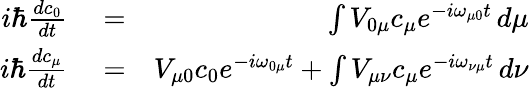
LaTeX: \begin{array}{rlr}{i\hbar\frac{dc_{0}}{dt}}&{{}=}&{\int V_{0\mu}c_{\mu}e^{-i\omega_{\mu 0}t}\, d\mu}\\ {i\hbar\frac{dc_{\mu}}{dt}}&{{}=}&{V_{\mu 0}c_{0}e^{-i\omega_{0\mu}t}+\int V_{\mu\nu}c_{\mu}e^{-i\omega_{\nu\mu}t}\, d\nu}\end{array}